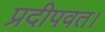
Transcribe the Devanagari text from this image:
प्रदीपवत।